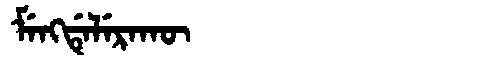
Manchu: ᠮᡝᠩᡩᡝᠯᡝᡵᠠᡴᡡ
Romanization: MENGDELERAKŪ